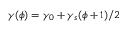
\gamma ( \phi ) = \gamma _ { 0 } + \gamma _ { s } ( \phi + 1 ) / 2